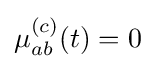
\mu _{ab}^{(c)}(t)=0